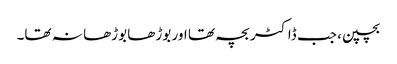
بچپن، جب ڈاکٹر بچہ تھا اور بوڑھا بوڑھا نہ تھا۔